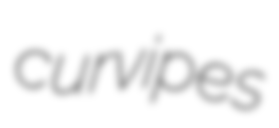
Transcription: curvipes